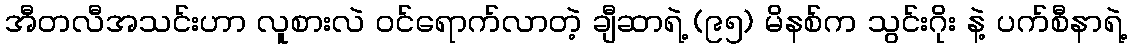
အီတလီအသင်းဟာ လူစားလဲ ဝင်ရောက်လာတဲ့ ချီဆာရဲ့ (၉၅) မိနစ်က သွင်းဂိုး နဲ့ ပက်စီနာရဲ့